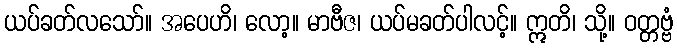
ယပ်ခတ်လသော်။ အပေဟိ၊ လော့။ မာဗီဇ၊ ယပ်မခတ်ပါလင့်။ ဣတိ၊ သို့။ ဝတ္တဗ္ဗံ